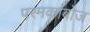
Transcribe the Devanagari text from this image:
परमकांबोज